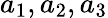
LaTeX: a_{1},a_{2},a_{3}